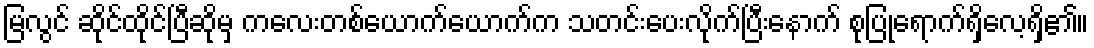
မြလွင် ဆိုင်ထိုင်ပြီဆိုမှ ကလေးတစ်ယောက်ယောက်က သတင်းပေးလိုက်ပြီးနောက် စုပြုံရောက်ရှိလေ့ရှိ၏။